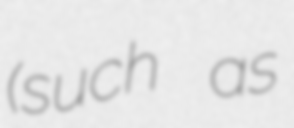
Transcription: (such as